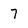
Character: 7